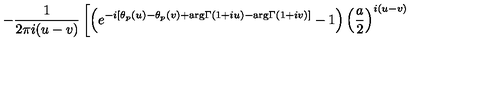
- \frac { 1 } { 2 \pi i ( u - v ) } \left[ \left( e ^ { - i [ \theta _ { p } ( u ) - \theta _ { p } ( v ) + \mathrm { a r g } \Gamma ( 1 + i u ) - \mathrm { a r g } \Gamma ( 1 + i v ) ] } - 1 \right) { \left( \frac { a } { 2 } \right) } ^ { i ( u - v ) } \right.